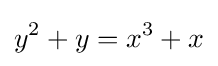
y^{2}+y=x^{3}+x